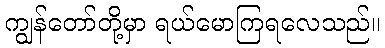
ကျွန်တော်တို့မှာ ရယ်မောကြရလေသည်။